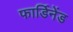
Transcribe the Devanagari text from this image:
फार्डिनेंड